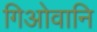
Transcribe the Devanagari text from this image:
गिओवानि